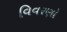
વિવરણો